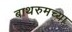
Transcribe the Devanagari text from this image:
बाथरुमच्‍या